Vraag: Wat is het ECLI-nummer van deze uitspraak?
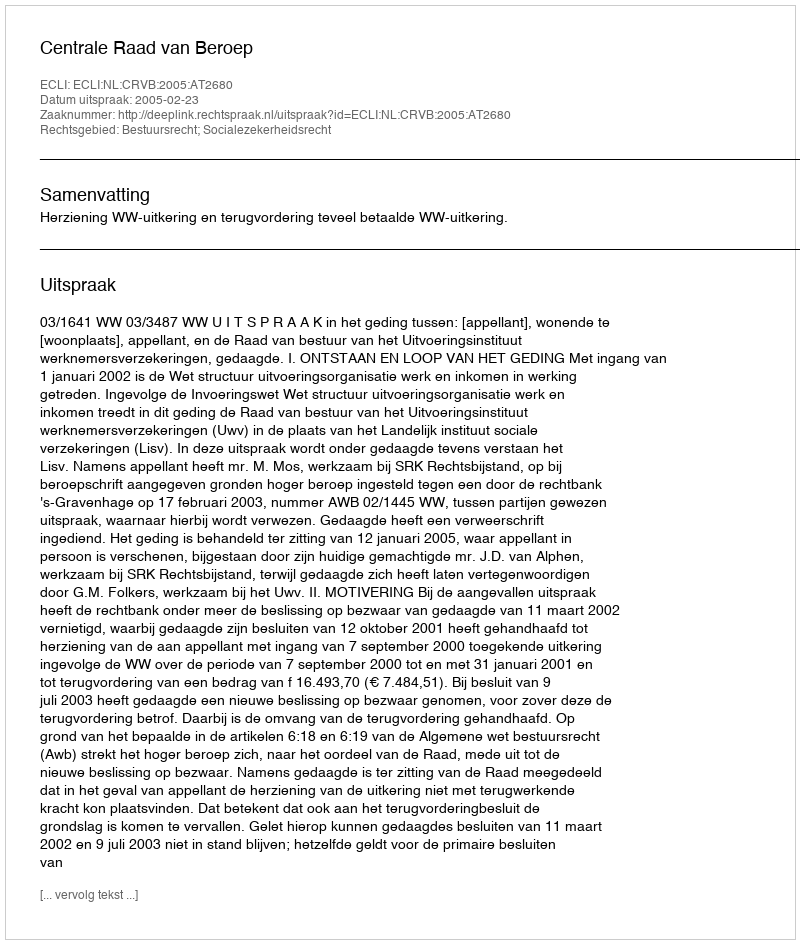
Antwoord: ECLI:NL:CRVB:2005:AT2680